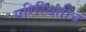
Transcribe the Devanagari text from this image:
परिस्थितीचं